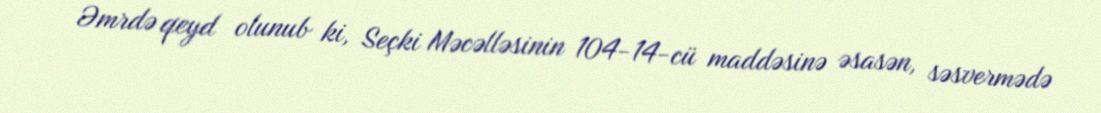
Əmrdə qeyd olunub ki, Seçki Məcəlləsinin 104-14-cü maddəsinə əsasən, səsvermədə